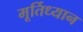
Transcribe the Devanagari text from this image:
मूर्तिध्यान